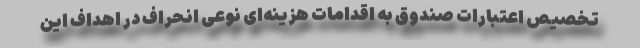
تخصیص اعتبارات صندوق به اقدامات هزینه‌ای نوعی انحراف در اهداف این